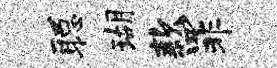
聪瑚款罪